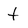
Character: t